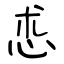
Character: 怷